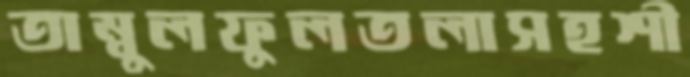
তাম্বুলফুলতলাসহশী